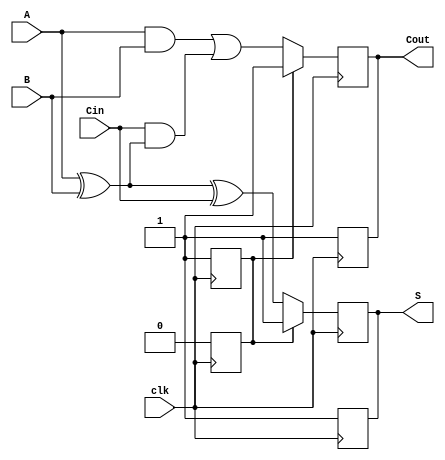
module dynamic_full_adder (
    input wire A,      // First binary input
    input wire B,      // Second binary input
    input wire Cin,    // Carry-in input
    input wire clk,    // Clock signal
    output reg S,      // Sum output
    output reg Cout    // Carry-out output
);

    // Internal signals for the precharge and evaluation phases
    reg precharge;
    reg S_temp, Cout_temp;

    // Precharge phase
    always @(posedge clk) begin
        // Precharge phase: set outputs to high
        precharge <= 1'b1;
        S <= 1'b1;      // Precharge S to high
        Cout <= 1'b1;   // Precharge Cout to high
    end

    // Evaluation phase
    always @(negedge clk) begin
        precharge <= 1'b0; // End precharge phase

        // Evaluate the sum and carry-out based on inputs
        S_temp = A ^ B ^ Cin; // S = A XOR B XOR Cin
        Cout_temp = (A & B) | (Cin & (A ^ B)); // Cout = (A AND B) OR (Cin AND (A XOR B))

        // Assign evaluated values to outputs
        S <= precharge ? 1'b1 : S_temp; // If precharging, keep S high
        Cout <= precharge ? 1'b1 : Cout_temp; // If precharging, keep Cout high
    end

endmodule